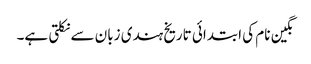
نگین نام کی ابتدائی تاریخ ہندی زبان سے نکلتی ہے۔